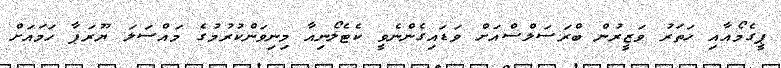
ޕީގެމޯއާއި ހަތަރު ވަޒީރުން ބްރަސަލްސްއަށް ވަޑައިގެންނެވީ ކެޓެލޯނިއާ މިނިވަންކުރުމުގެ މައްސަލަ ޔޫރަޕާ ހަމައަށް